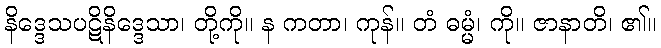
နိဒ္ဒေသပဋိနိဒ္ဒေသာ၊ တို့ကို။ န ကတာ၊ ကုန်။ တံ ဓမ္မံ၊ ကို။ ဇာနာတိ၊ ၏။